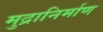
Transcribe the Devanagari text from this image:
मुद्रानिर्माण